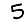
Digit: 5